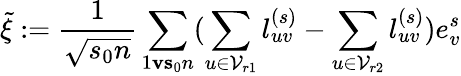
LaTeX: \tilde{\xi}:=\frac{1}{\sqrt{s_{0}n}}\sum_{1\le v\le s_{0}n}(\sum_{u\in\mathcal{V}_{r1}}l_{uv}^{(s)}-\sum_{u\in\mathcal{V}_{r2}}l_{uv}^{(s)})e_{v}^{s}